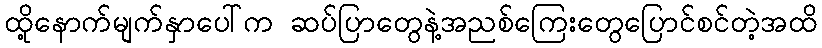
ထို့နောက်မျက်နှာပေါ်က ဆပ်ပြာတွေနဲ့အညစ်ကြေးတွေပြောင်စင်တဲ့အထိ